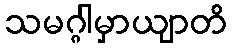
သမဂ္ဂါမှာယျာတိ